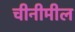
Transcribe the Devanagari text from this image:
चीनीमील